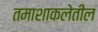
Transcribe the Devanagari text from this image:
तमाशाकलेतील